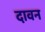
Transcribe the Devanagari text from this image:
दावन